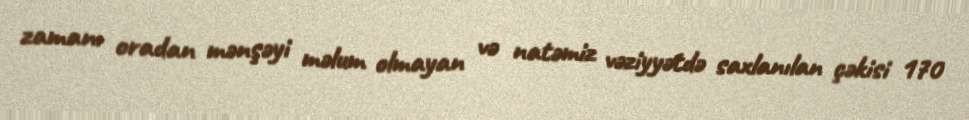
zamanı oradan mənşəyi məlum olmayan və natəmiz vəziyyətdə saxlanılan çəkisi 170